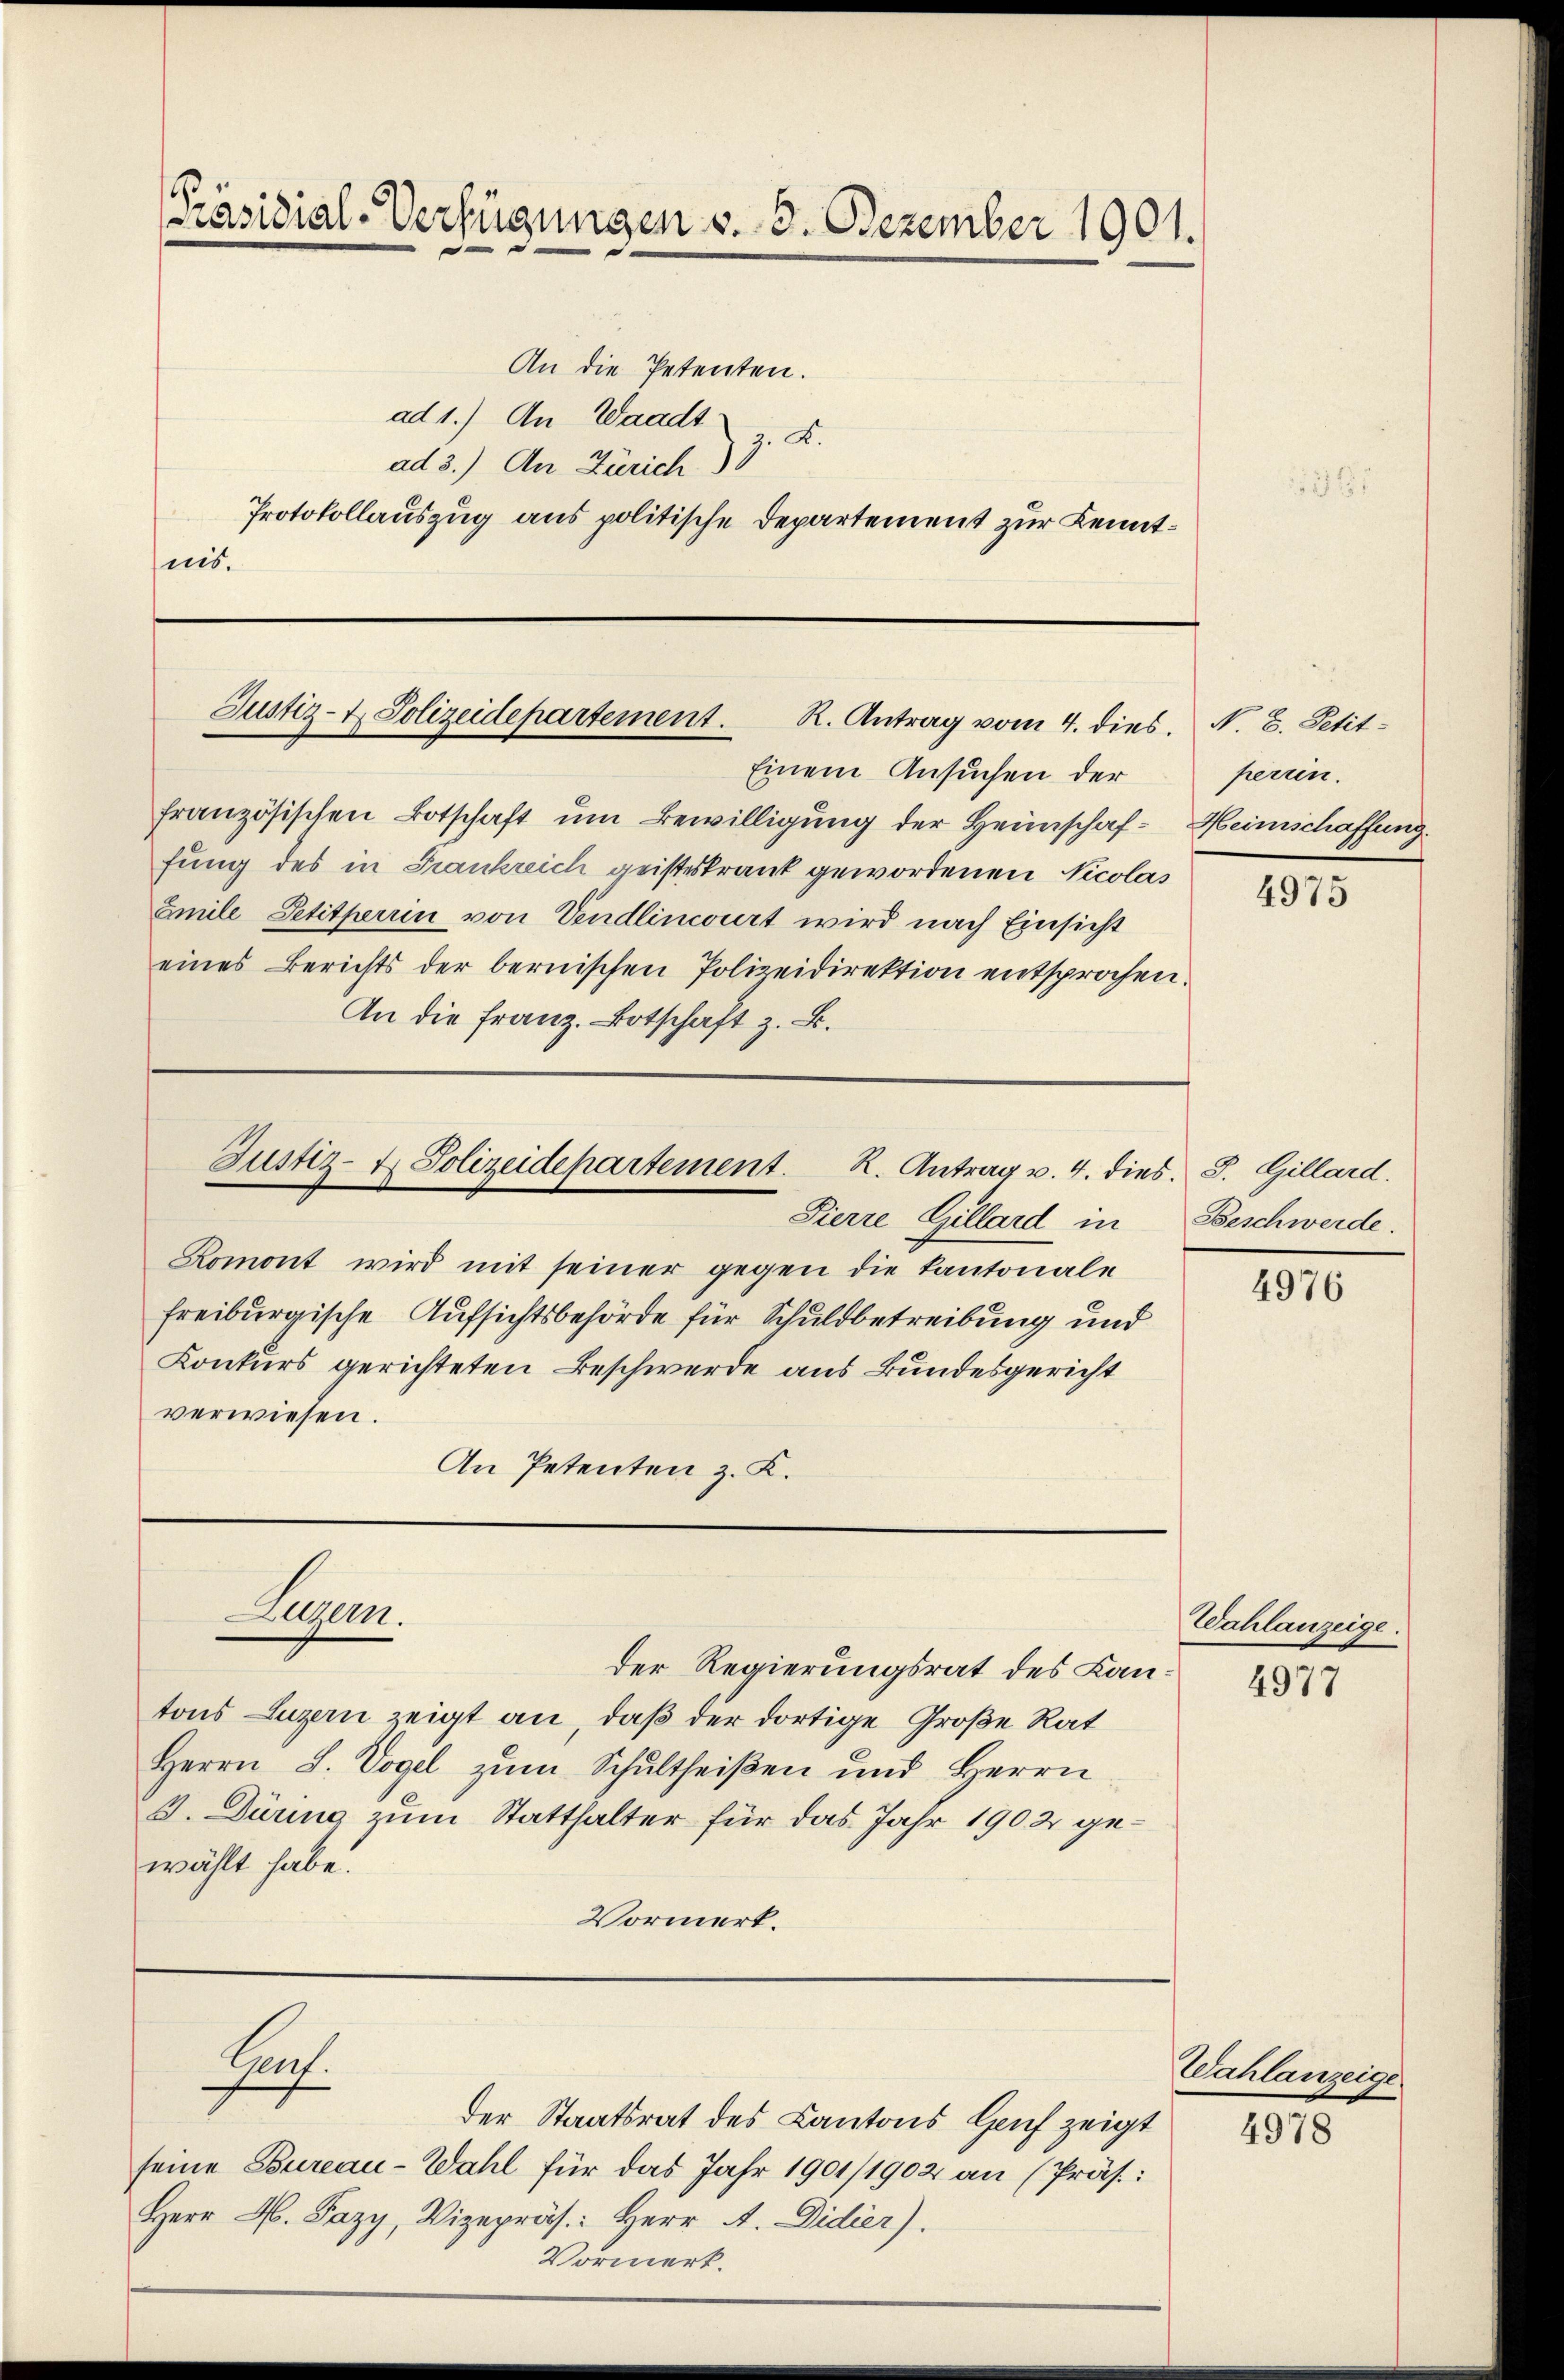
[Präsidial-Verfügungen v. 3. Dezember 1901.

An die Petenten.
ad 1.) An Waadt:
z. B.
ad 3.) An Zürich)
Protokollauszug aus politische Departement zur Kenntsis.

Justiz- & Polizeidepartement. R. Antrag vom 4. dies. N. B. Petit-

Einem Ansuchen der
französischen Botschaft um Bewilligung der Heimschaf-Heimschaffung.
fung des in Frankreich geisteskrank gewordenen Nicolas
Emile Petitperin von Vendlinivirt wird nach Einsicht
eines Berichts der bernischen Polizeidirektion entsprochen.
An die Franz. Botschaft z. B.

Pierre Gillard in
Romont wird mit seiner gegen die Kantonale
freiburgische Aufsichtsbehörde für Schuldbetreibung und
Konkurs gerichteten Beschwerde aus Bundesgericht
verwiesen.
An Petenten z. K.

Justiz- & Polizeidepartement. R. Antrag v. 4. dies. S. Gillard.

Luzern.

der Regierungsrat des Kantons Luzern zeigt an, daß der dortige Große Rat
Herrn L. Vogel zŭm Schultheiβen ŭnd Herrn
J. Dürina zum Statthalter für das Jahr 1902 gewählt habe.
Vormerk.

Prof.

der Staatsrat des Cantons Hof zeigt
seine Bureau-Wahl für das Jahr 1901/1902 an (Präs.:
Herr M. Pazy, Vizepräs: Herr A. Didier).
Vormerk.

perrin.

4975

Beschwerde.

4976

Wahlanzeige.

4977

Wahlanzeige
4978